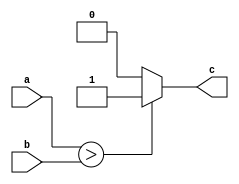
`timescale 1ns / 1ps
//////////////////////////////////////////////////////////////////////////////////
// Company: 
// Engineer: 
// 
// Design Name: 
// Module Name:    isgreaterthan 
// Project Name: 
// Target Devices: 
// Tool versions: 
// Description: 
//
// Dependencies: 
//
// Revision: 
// Revision 0.01 - File Created
// Additional Comments: 
//
//////////////////////////////////////////////////////////////////////////////////
module dgtzero(a,b, c);
input [7:0] a,b;
output reg c;

always @(a or b ) begin
	if (a>b)
		c <=1;
	else
		c<=0;
end

endmodule